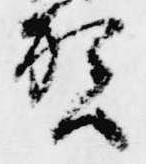
賀